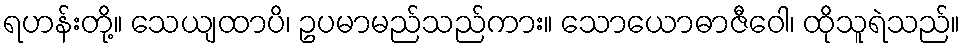
ရဟန်းတို့။ သေယျထာပိ၊ ဥပမာမည်သည်ကား။ သောယောဓာဇီဝေါ၊ ထိုသူရဲသည်။